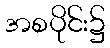
အစပိုင်း၌